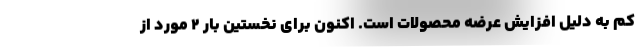
کم به دلیل افزایش عرضه محصولات است. اکنون برای نخستین بار ۲ مورد از